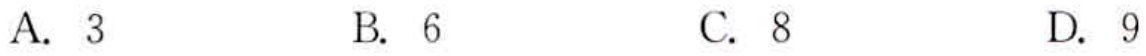
A. 3
B. 6
C. 8
D. 9